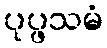
ပုပ္ဖသမံ